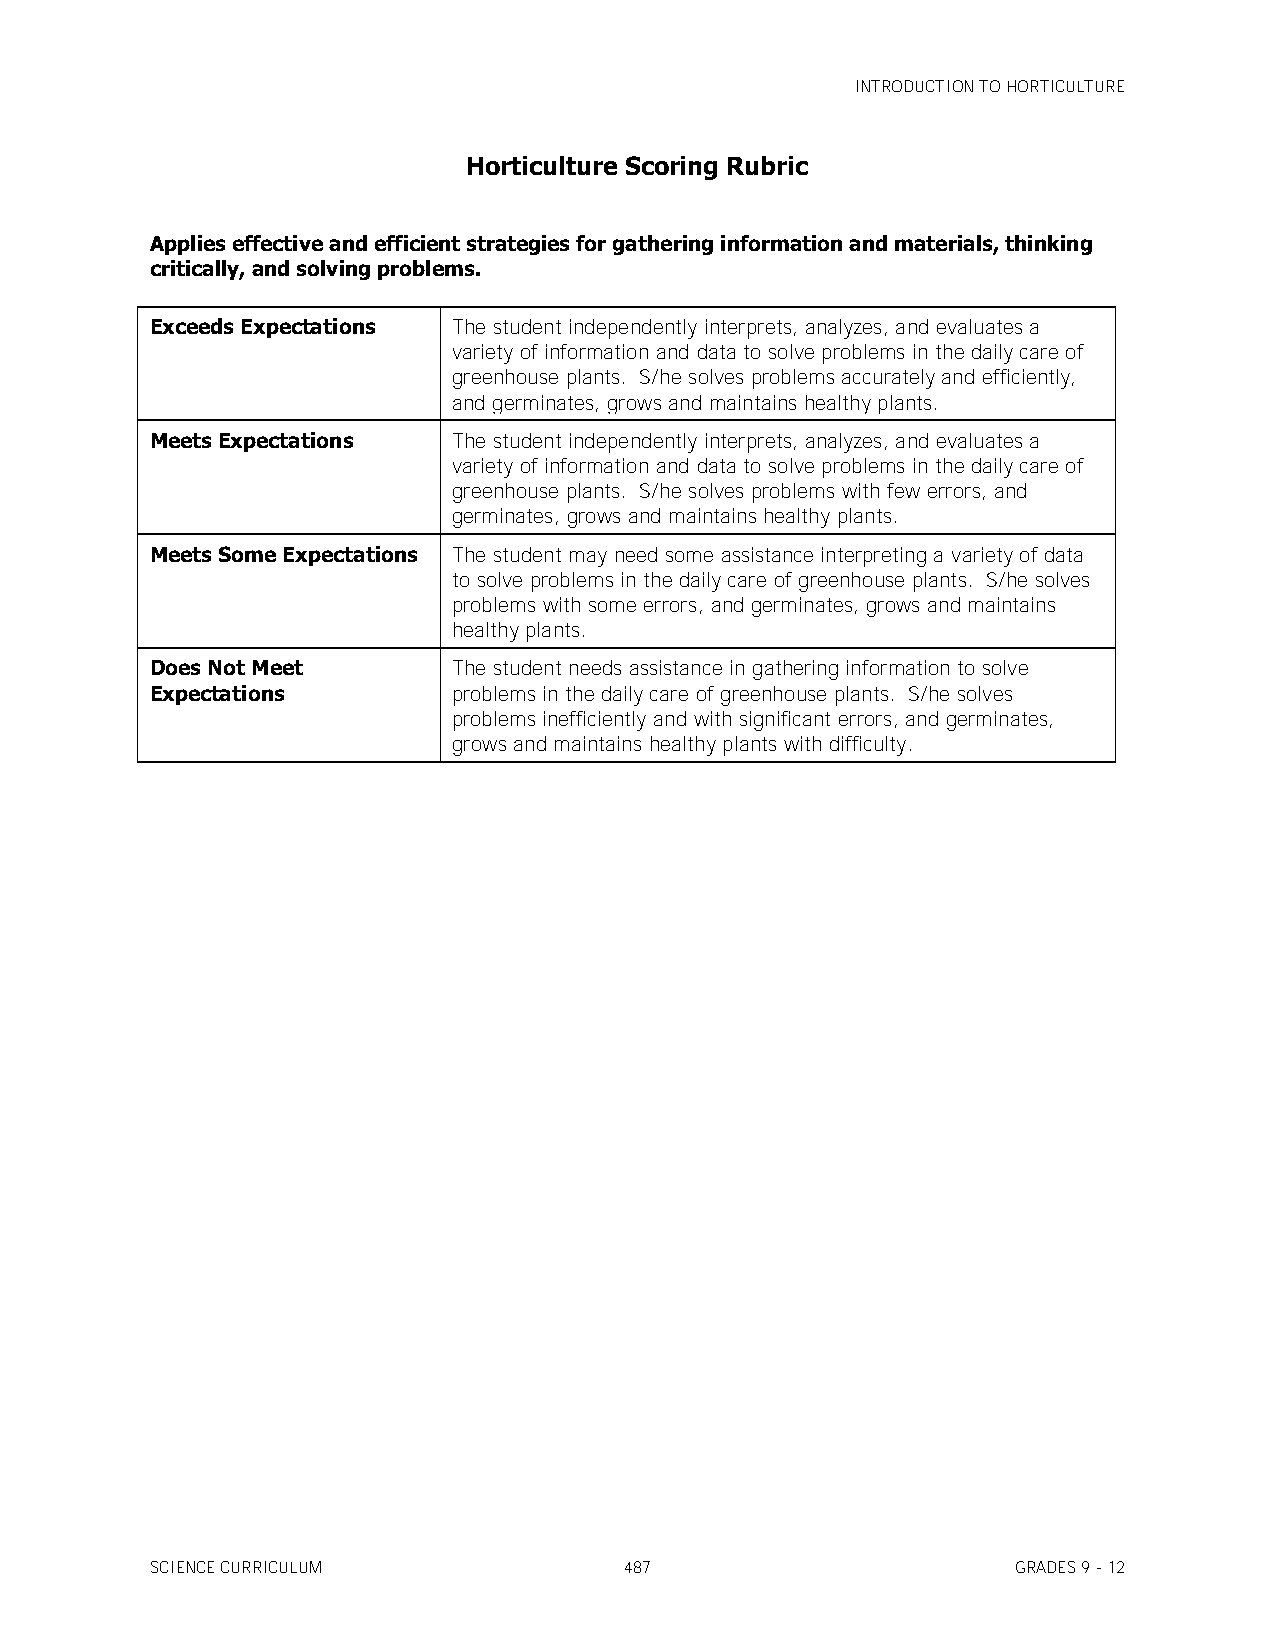
INTRODUCTION TO HORTICULTURE
 Horticulture Scoring Rubric
 Applies effective and efficient strategies for gathering information and materials, thinking
 critically, and solving problems.
 Exceeds Expectations The student independently interprets, analyzes, and evaluates a
 variety of information and data to solve problems in the daily care of
 greenhouse plants. S/he solves problems accurately and efficiently,
 and germinates, grows and maintains healthy plants.
 Meets Expectations  The student independently interprets, analyzes, and evaluates a
 variety of information and data to solve problems in the daily care of
 greenhouse plants. S/he solves problems with few errors, and
 germinates, grows and maintains healthy plants.
 Meets Some Expectations The student may need some assistance interpreting a variety of data
 to solve problems in the daily care of greenhouse plants. S/he solves
 problems with some errors, and germinates, grows and maintains
 healthy plants.
 Does Not Meet       The student needs assistance in gathering information to solve
 Expectations        problems in the daily care of greenhouse plants. S/he solves
 problems inefficiently and with significant errors, and germinates,
 grows and maintains healthy plants with difficulty.
 SCIENCE CURRICULUM             487                       GRADES 9 - 12